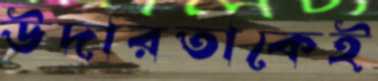
উদারতাকেই